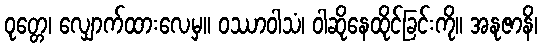
ဝုတ္တေ၊ လျှောက်ထားလေမှ။ ဝဿာဝါသံ၊ ဝါဆိုနေထိုင်ခြင်းကို။ အနုဇာနိ၊